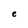
Character: e